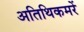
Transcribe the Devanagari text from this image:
अतिथिकमरें